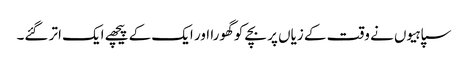
سپاہیوں نے وقت کے زیاں پر بچے کو گھورا اور ایک کے پیچھے ایک اتر گئے۔